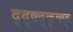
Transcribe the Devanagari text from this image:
द्द्क्द्क्क्फ्